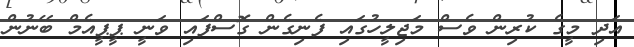
އަދި މީގެ ކުރިން ވެސް މަޖިލީހުގައި ފެނިގެން ގޮސްފައި ވަނީ ޕީޕީއެމް ބޭނުން